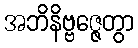
အဘိနိဗ္ဗဇ္ဇေတွာ